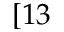
[ 1 3